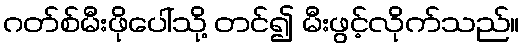
ဂတ်စ်မီးဖိုပေါ်သို့ တင်၍ မီးဖွင့်လိုက်သည်။